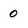
Character: 0